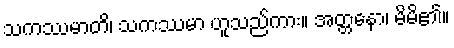
သကဿမာတိ၊ သကဿမာ ဟူသည်ကား။ အတ္တနော၊ မိမိ၏။